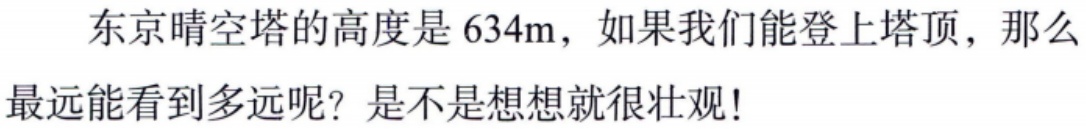
东京晴空塔的高度是 634m，如果我们能登上塔顶，那么最远能看到多远呢？是不是想想就很壮观!